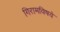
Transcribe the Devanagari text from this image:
गिरामविषये